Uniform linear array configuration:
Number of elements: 48
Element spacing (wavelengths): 0.5
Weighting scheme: uniform
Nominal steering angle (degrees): -60
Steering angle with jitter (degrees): -61.558
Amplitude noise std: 0.05
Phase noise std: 0.05

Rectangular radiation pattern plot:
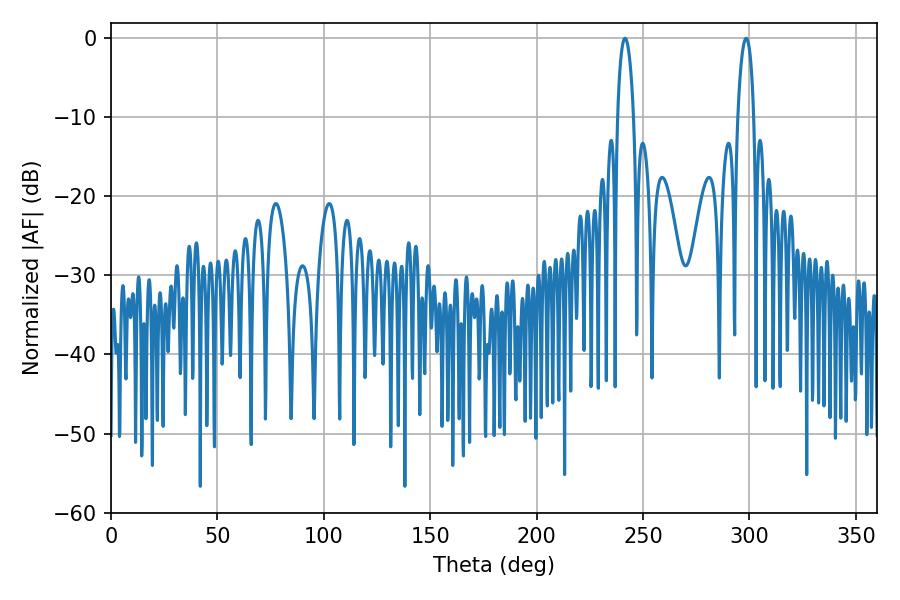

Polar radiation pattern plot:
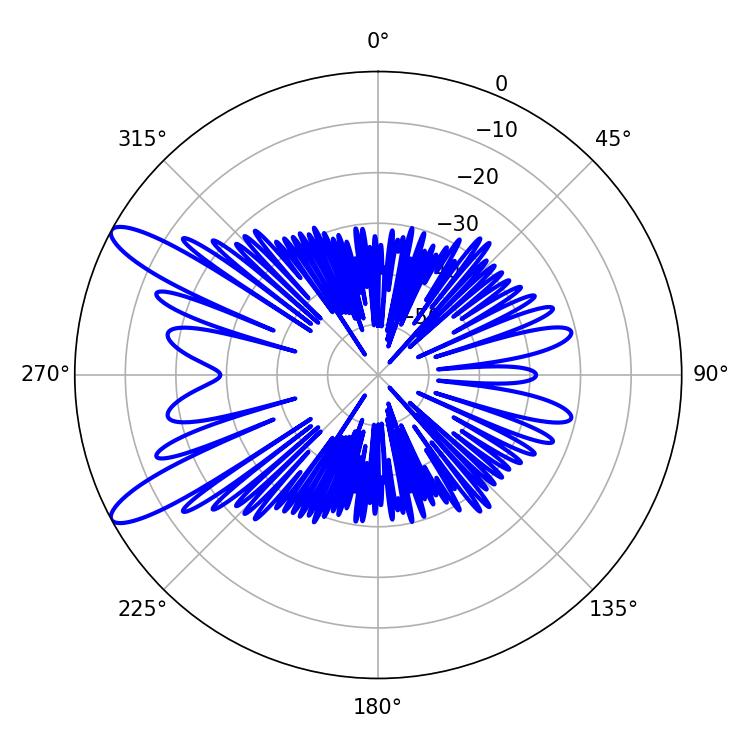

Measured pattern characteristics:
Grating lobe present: FALSE
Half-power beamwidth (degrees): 4.32
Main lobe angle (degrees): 298.44